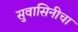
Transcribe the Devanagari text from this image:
सुवासिनीचा